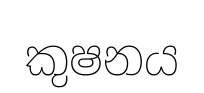
කුෂනය